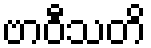
ဗာဝီသတိ